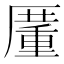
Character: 𠪵